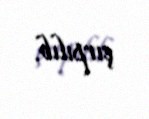
çırpılıb.